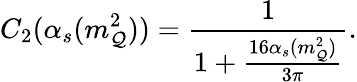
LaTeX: C_{2}(\alpha_{s}(m_{\mathcal{Q}}^{2}))=\frac{{1}}{{1+\frac{{16\alpha_{s}(m_{\mathcal{Q}}^{2})}}{{3\pi}}}}.